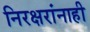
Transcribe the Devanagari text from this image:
निरक्षरांनाही